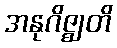
အနုဂိဇ္ဈတိ